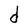
Character: d